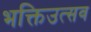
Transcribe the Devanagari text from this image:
भक्तिउत्सव